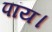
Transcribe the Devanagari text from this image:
पांय।